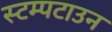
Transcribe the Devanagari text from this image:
स्टम्पटाउन